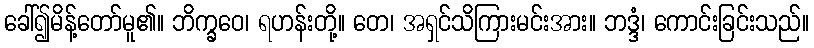
ခေါ်၍မိန့်တော်မူ၏။ ဘိက္ခဝေ၊ ရဟန်းတို့။ တေ၊ အရှင်သိကြားမင်းအား။ ဘဒ္ဒံ၊ ကောင်းခြင်းသည်။